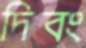
দিবং